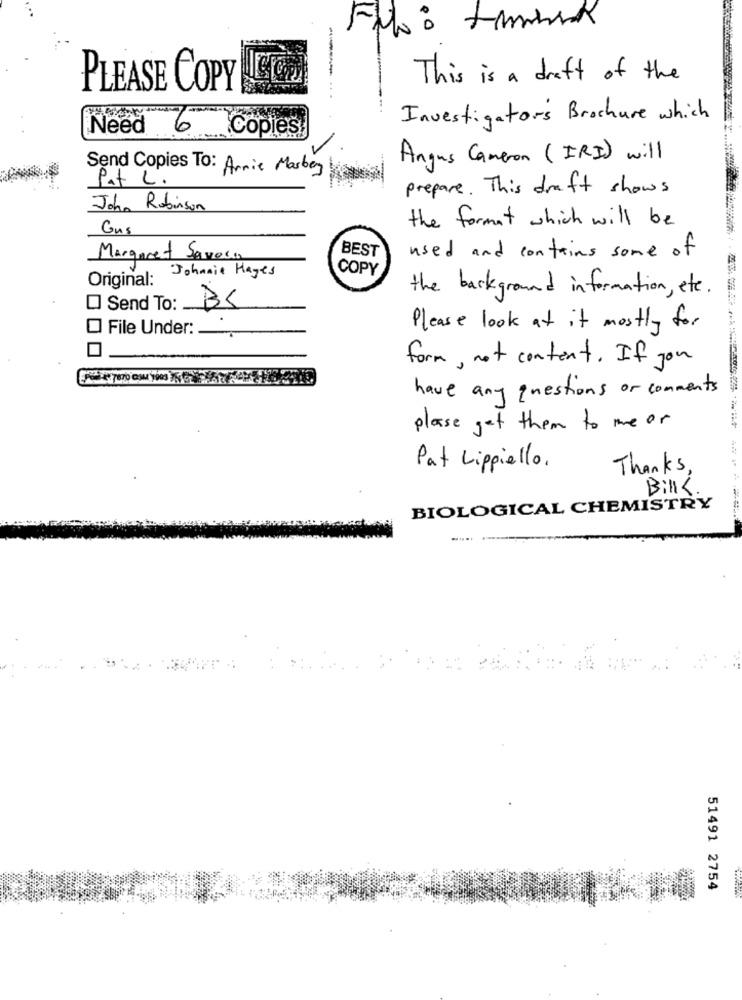
This is a draft of the
PLEASE COPY
....
Investigators Brochure which
Need
6
Copies!
Angus Cameron ( IRI) will
Send Copies To: Arnie Marbey
Pat L.
prepare. This draft shows
John Robinson
the format which will be
Gus
BEST
Margaret Savoca
used and contains some of
Johnnie Hayes
COPY
Original:
the background information , etc .
Send To:
BS
File Under:
-
Please look at it mostly for
form, not content. If you
have any questions or comments
plase get them to me or
Pat Lippiello.
Thanks,
Bills.
BIOLOGICAL CHEMISTRY
51491 2754